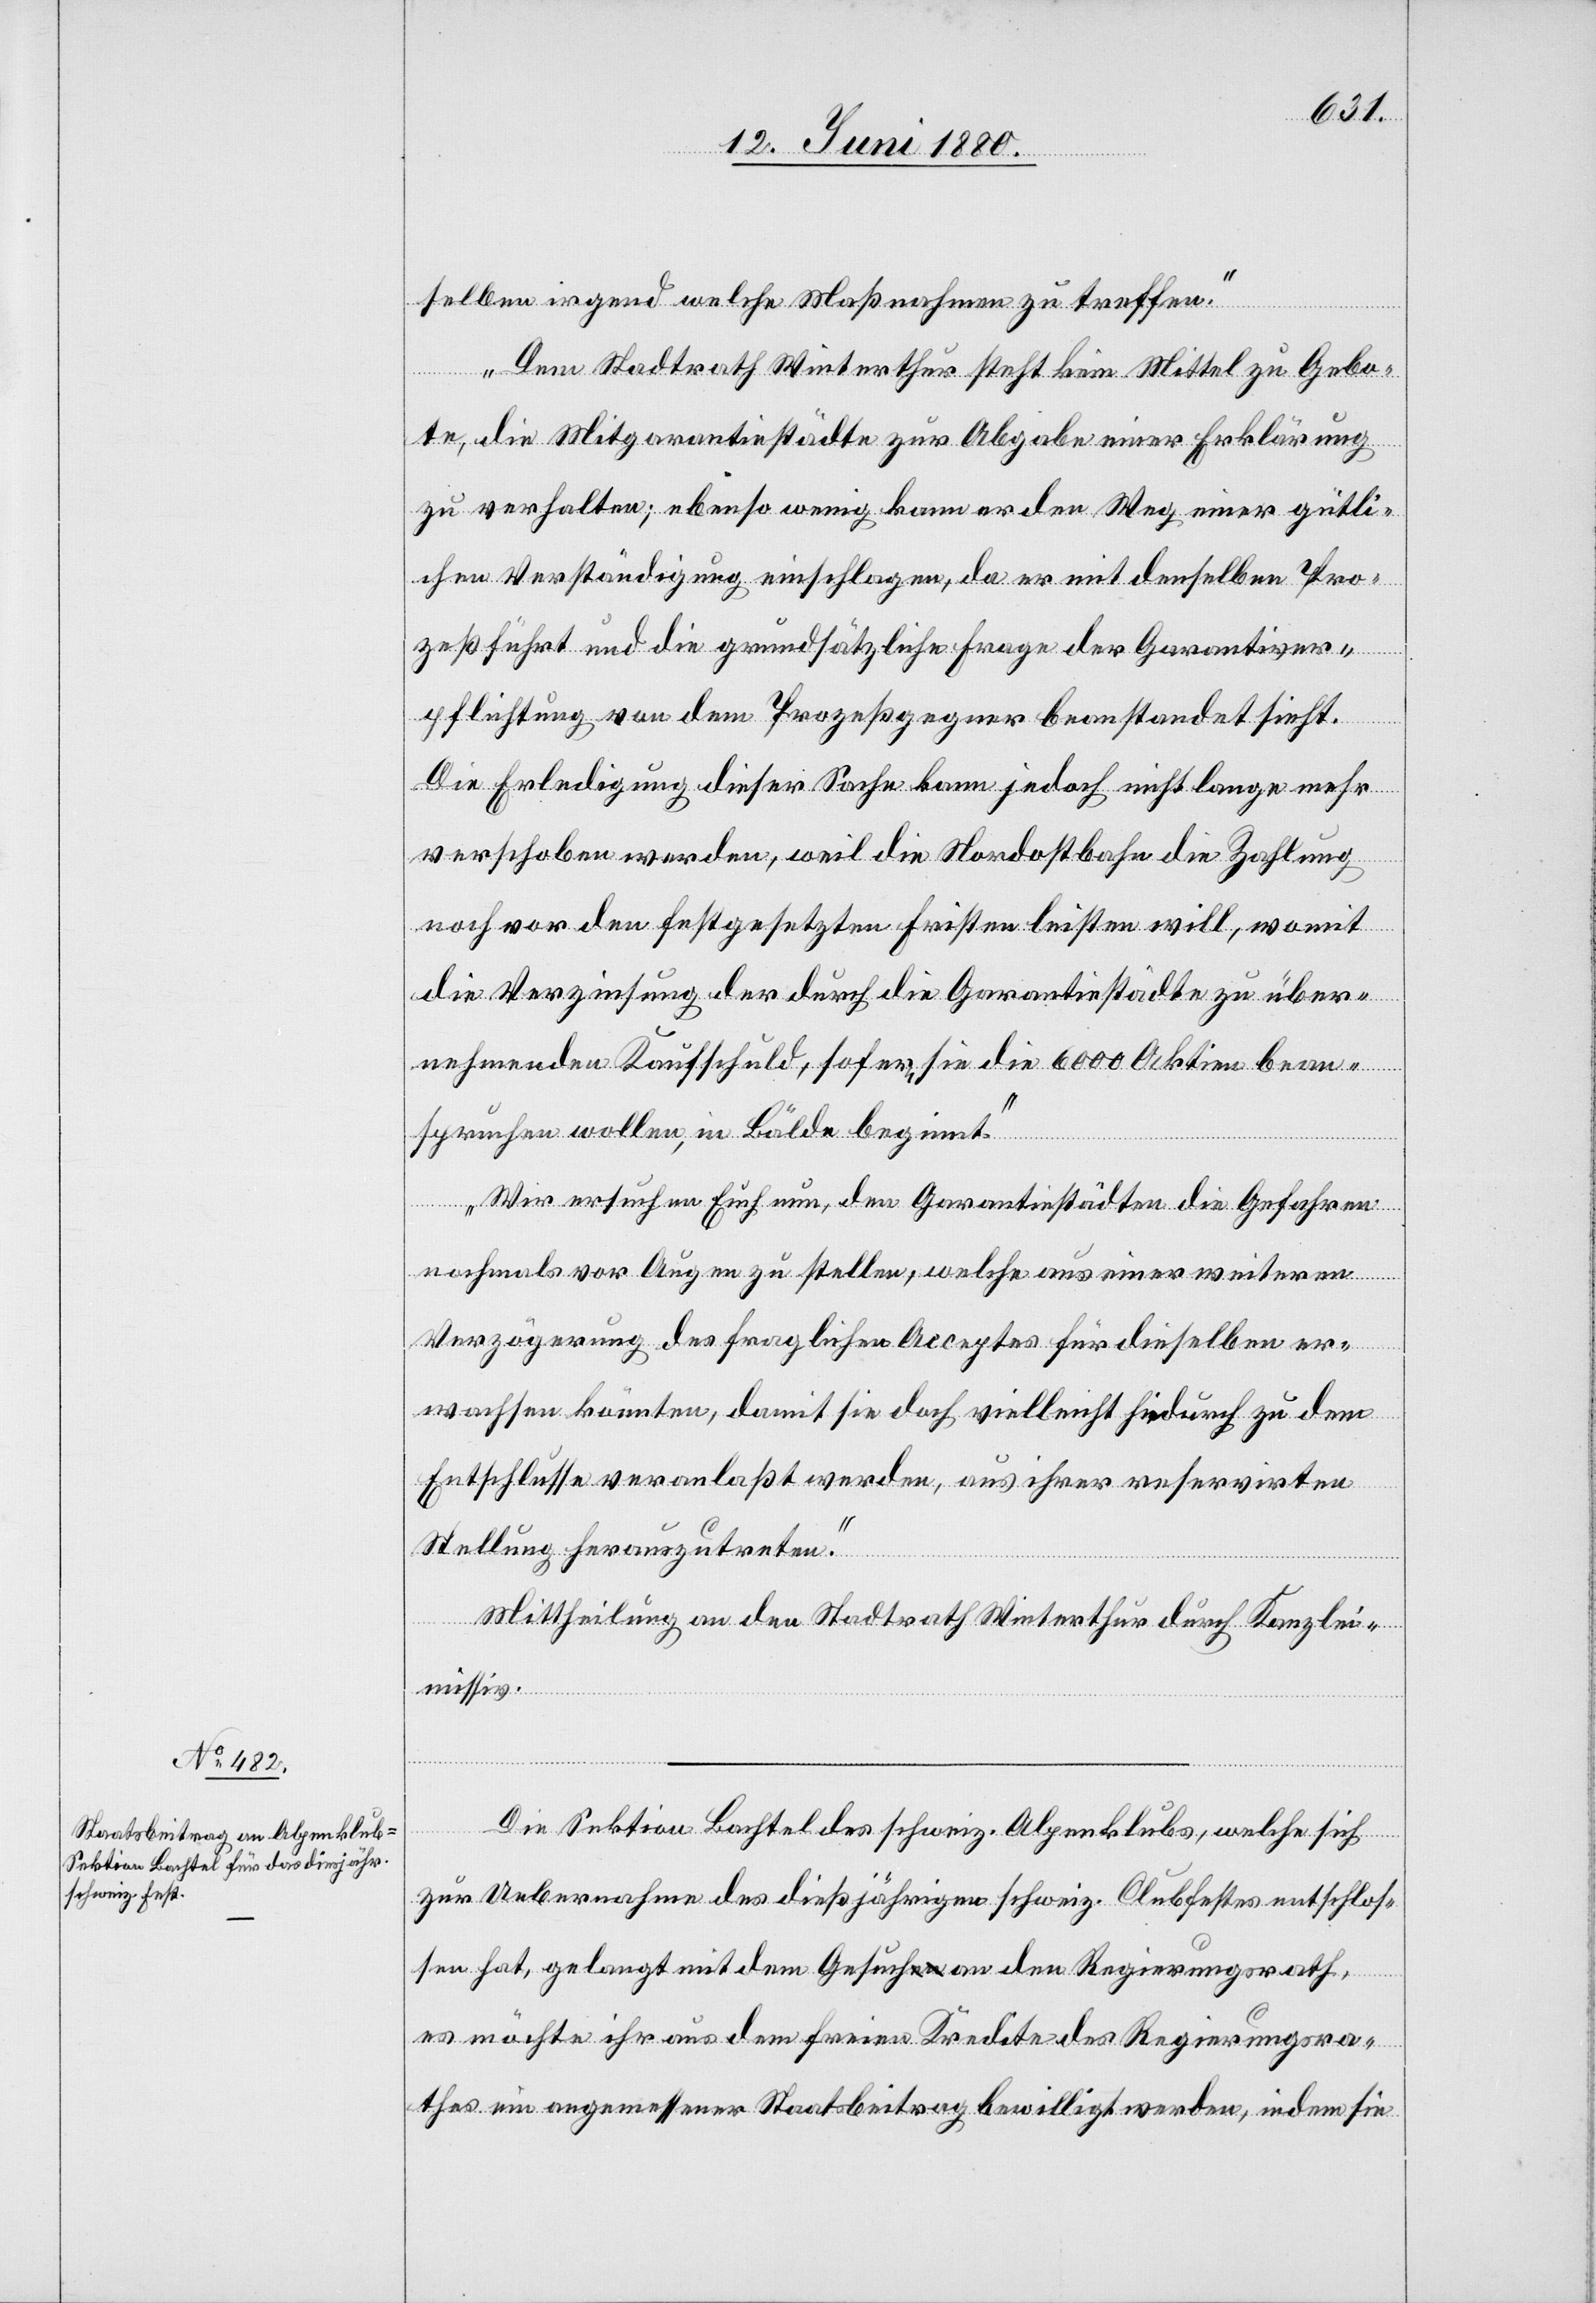
selben irgend welche Maßnahmen zu treffen.
Dem Stadtrath Winterthur steht kein Mittel zu Gebo¬
te, die Mitgarantiestädte zur Abgabe einer Erklärung
zu verhalten; ebenso wenig kann er den Weg einer gütli¬
chen Verständigung einschlagen, da er mit denselben Pro¬
zeß führt und die grundsätzliche Frage der Garantiever¬
pflichtung von dem Prozeßgegner beanstandet sieht.
Die Erledigung dieser Sache kann jedoch nicht lange mehr
verschoben werden, weil die Nordostbahn die Zahlung
noch vor den festgesetzten Fristen leisten will, womit
die Verzinsung der durch die Garantiestädte zu über¬
nehmenden Kaufschuld, sofern sie die 6000 Aktien bean¬
spruchen wollen, in Bälde beginnt.
Wir ersuchen Euch nun, den Garantiestädten die Gefahren
nochmals vor Augen zu stellen, welche aus einer weitern
Verzögerung des fraglichen Acceptes für dieselben er¬
wachsen könnten, damit sie doch vielleicht hiedurch zu dem
Entschlusse veranlaßt werden, aus ihrer reservirten
Stellung herauszutreten.“
Mittheilung an den Stadtrath Winterthur durch Kanzlei¬
missiv.
Die Sektion Bachtel des schweiz. Alpenklubs, welche sich
zur Uebernahme des dießjährigen schweiz. Clubfestes entschlos¬
sen hat, gelangt mit dem Gesuch an den Regierungsrath,
es möchte ihr aus dem freien Kredite des Regierungsra¬
thes ein angemessener Staatsbeitrag bewilligt werden, indem sie